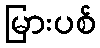
မြားပစ်